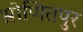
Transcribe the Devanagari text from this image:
श्रोणितपुर